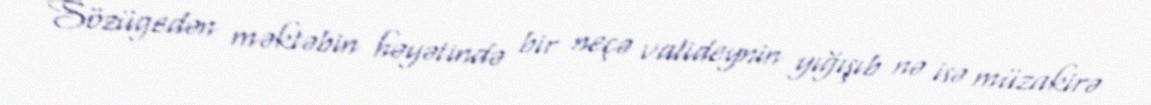
Sözügedən məktəbin həyətində bir neçə valideynin yığışıb nə isə müzakirə